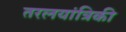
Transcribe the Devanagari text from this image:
तरलयांत्रिकी